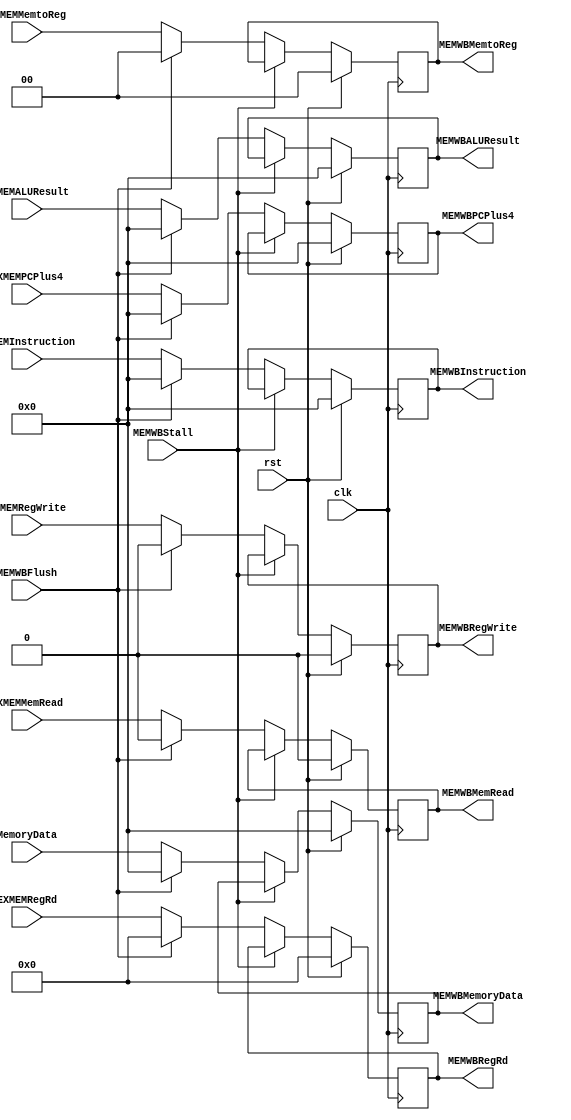
module MEMWBReg(
    input clk,
    input rst,
    input MEMWBStall,
    input MEMWBFlush,
    input [31:0] EXMEMInstruction,
    output reg [31:0] MEMWBInstruction,
    input [31:0] EXMEMPCPlus4,
    output reg [31:0] MEMWBPCPlus4,
    input [31:0] EXMEMALUResult,
    output reg [31:0] MEMWBALUResult,
    input [31:0] MemoryData,
    output reg [31:0] MEMWBMemoryData,
    input [4:0] EXMEMRegRd,
    output reg [4:0] MEMWBRegRd,
    input EXMEMRegWrite,
    output reg MEMWBRegWrite,
    input [1:0] EXMEMMemtoReg,
    output reg [1:0] MEMWBMemtoReg,
    input EXMEMMemRead,
    output reg MEMWBMemRead
);

initial
    begin
        MEMWBInstruction <= 32'b0;
        MEMWBPCPlus4  <= 32'b0;
        MEMWBALUResult  <= 32'b0;
        MEMWBMemoryData  <= 32'b0;
        MEMWBRegRd  <= 5'b0;
        MEMWBRegWrite  <= 1'b0;
        MEMWBMemtoReg  <= 2'b0;
        MEMWBMemRead <= 1'b0;
    end

always @(posedge clk)
    begin
        if(rst)
        begin
        MEMWBInstruction <= 32'b0;
        MEMWBPCPlus4  <= 32'b0;
        MEMWBALUResult  <= 32'b0;
        MEMWBMemoryData  <= 32'b0;
        MEMWBRegRd  <= 5'b0;
        MEMWBRegWrite  <= 1'b0;
        MEMWBMemtoReg  <= 2'b0;
        MEMWBMemRead <= 1'b0;
        end
        else if(!MEMWBStall)
        begin
            if(MEMWBFlush)
                begin
                    MEMWBInstruction <= 32'b0;
                    MEMWBPCPlus4  <= 32'b0;
                    MEMWBALUResult  <= 32'b0;
                    MEMWBMemoryData  <= 32'b0;
                    MEMWBRegRd  <= 5'b0;
                    MEMWBRegWrite  <= 1'b0;
                    MEMWBMemtoReg  <= 2'b0;
                    MEMWBMemRead <= 1'b0;
                end
            else
                begin
                    MEMWBInstruction <= EXMEMInstruction;
                    MEMWBPCPlus4 <= EXMEMPCPlus4;
                    MEMWBALUResult <= EXMEMALUResult;
                    MEMWBMemoryData <= MemoryData;
                    MEMWBRegRd <= EXMEMRegRd;
                    MEMWBRegWrite <= EXMEMRegWrite;
                    MEMWBMemtoReg <= EXMEMMemtoReg;
                    MEMWBMemRead <= EXMEMMemRead;
                end
        end
    end
endmodule